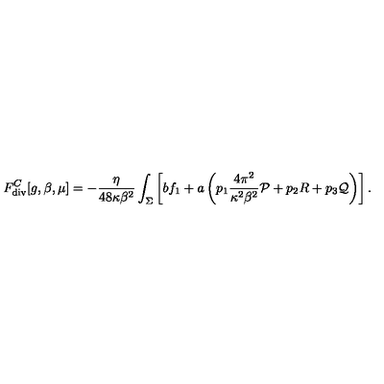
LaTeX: F _ { \tiny \mathrm { d i v } } ^ { C } [ g , \beta , \mu ] = - { \frac { \eta } { 4 8 \kappa \beta ^ { 2 } } } \int _ { \Sigma } \left[ b f _ { 1 } + a \left( p _ { 1 } { \frac { 4 \pi ^ { 2 } } { \kappa ^ { 2 } \beta ^ { 2 } } } { \cal P } + p _ { 2 } R + p _ { 3 } { \cal Q } \right) \right] .